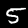
Label: 5